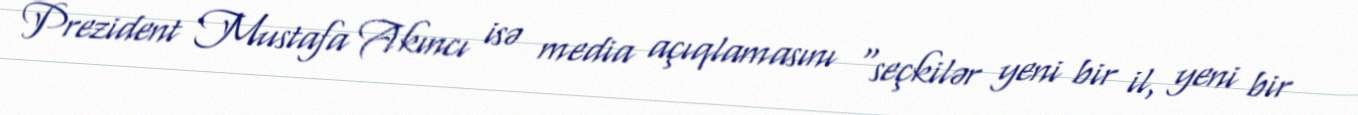
Prezident Mustafa Akıncı isə media açıqlamasını “seçkilər yeni bir il, yeni bir